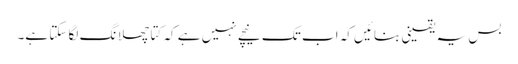
بس یہ یقینی بنائیں کہ اب تک نیچے نہیں ہے کہ کتا چھلانگ لگا سکتا ہے۔